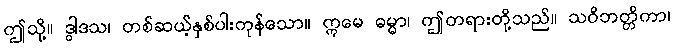
ဤသို့။ ဒွါဒသ၊ တစ်ဆယ့်နှစ်ပါးကုန်သော။ ဣမေ ဓမ္မာ၊ ဤတရားတို့သည်။ သဝိဘတ္တိကာ၊